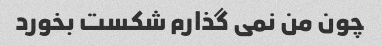
چون من نمی گذارم شکست بخورد